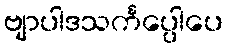
ဗျာပါဒသင်္ကပ္ပေါပေ